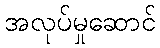
အလုပ်မှုဆောင်